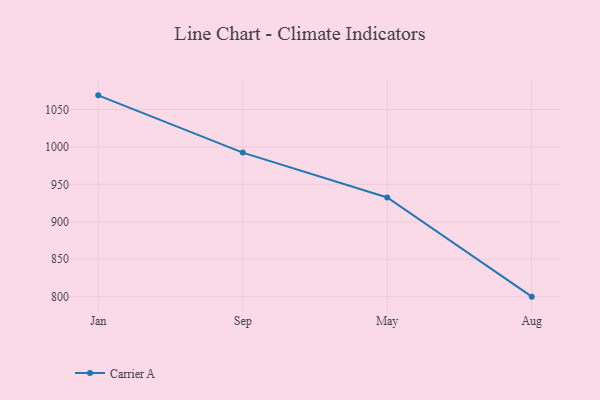
{"axis": {"x": "Month", "y": "Humidity (%)"}, "legend": ["Carrier A"], "data": [{"x": "Jan", "y": 1068.9, "type": "Carrier A"}, {"x": "Sep", "y": 992.4, "type": "Carrier A"}, {"x": "May", "y": 932.4, "type": "Carrier A"}, {"x": "Aug", "y": 800, "type": "Carrier A"}]}